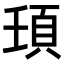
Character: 𩑙